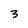
Character: 3